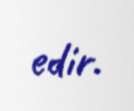
edir.